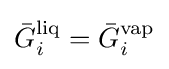
{\bar {G}}_{i}^{\text{liq}}={\bar {G}}_{i}^{\text{vap}}